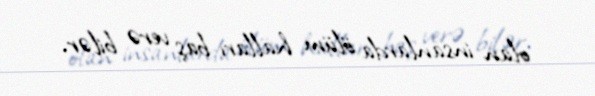
olan insanlarda ölüm halları baş verə bilər.